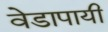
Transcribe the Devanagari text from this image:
वेडापायी